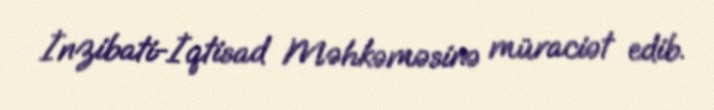
İnzibati-İqtisad Məhkəməsinə müraciət edib.